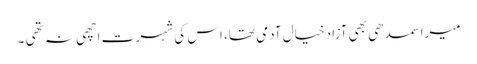
میرا سمدھی بھی آزاد خیال آدمی تھا، اس کی شہر ت اچھی نہ تھی ۔